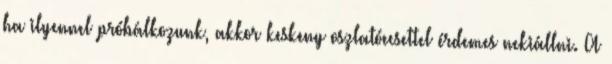
ha ilyennel próbálkozunk, akkor keskeny oszlatóecsettel érdemes nekiállni. A